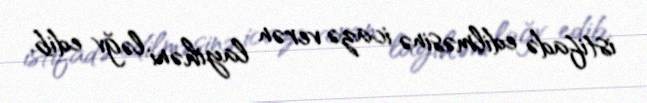
istifadə edilməsinə icazə verən layihəni ləğv edib.